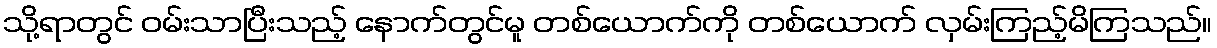
သို့ရာတွင် ဝမ်းသာပြီးသည့် နောက်တွင်မူ တစ်ယောက်ကို တစ်ယောက် လှမ်းကြည့်မိကြသည်။